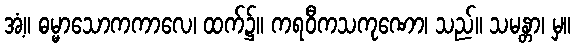
အံ့။ ဓမ္မာသောကကာလေ၊ ထက်၌။ ကရဝီကသကုဏော၊ သည်။ သမန္တာ၊ မှ။